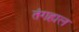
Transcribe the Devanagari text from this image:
तंगहाल